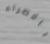
بالاطراء